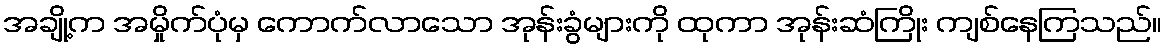
အချို့က အမှိုက်ပုံမှ ကောက်လာသော အုန်းခွံများကို ထုကာ အုန်းဆံကြိုး ကျစ်နေကြသည်။